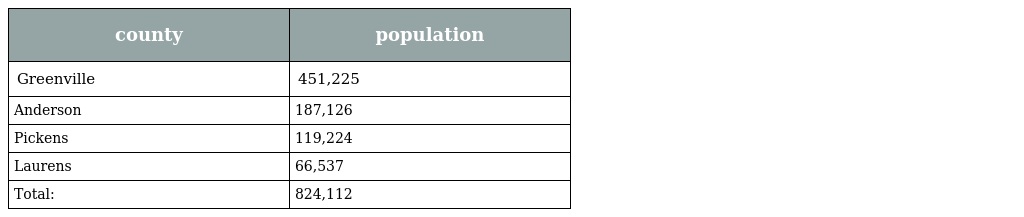
| county | population |
 | --- | --- |
 | Greenville | 451,225 |
 | Anderson | 187,126 |
 | Pickens | 119,224 |
 | Laurens | 66,537 |
 | Total: | 824,112 |